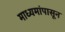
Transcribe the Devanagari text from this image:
माध्यमांपासून